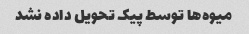
میوه‌ها توسط پیک تحویل داده نشد